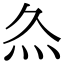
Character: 𤆐